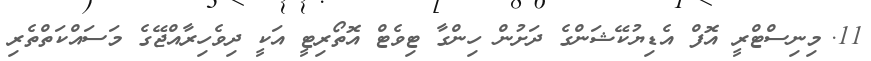
11.	މިނިސްޓްރީ އޮފް އެޑިޔުކޭޝަންގެ ދަށުން ހިންގާ ޓިވެޓް އޮތޯރިޓީ އަކީ ދިވެހިރާއްޖޭގެ މަސައްކަތްތެރި